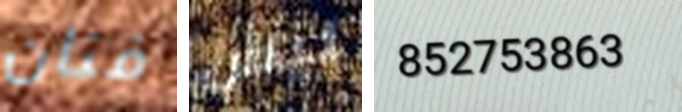
فنان ليس 852753863